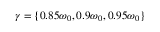
\gamma = \lbrace { 0 . 8 5 \omega _ { 0 } , 0 . 9 \omega _ { 0 } , 0 . 9 5 \omega _ { 0 } \rbrace }